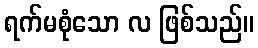
ရက်မစုံသော လ ဖြစ်သည်။